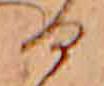
る